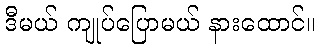
ဒီမယ် ကျုပ်ပြောမယ် နားထောင်။